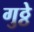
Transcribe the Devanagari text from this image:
गुठ्ठे